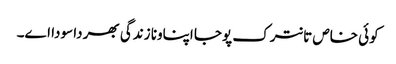
کوئی خاص تانترک پوجا اپناونا زندگی بھر دا سودا اے۔